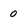
Character: 0